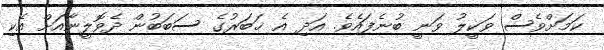
ކަމަށްވެސް ވަކީލު ވަނީ ބުނެފައެވެ. އަދި އެ ޚަބަރުގެ ސަބަބުން ދެވޮލީނާއަށް އެކި